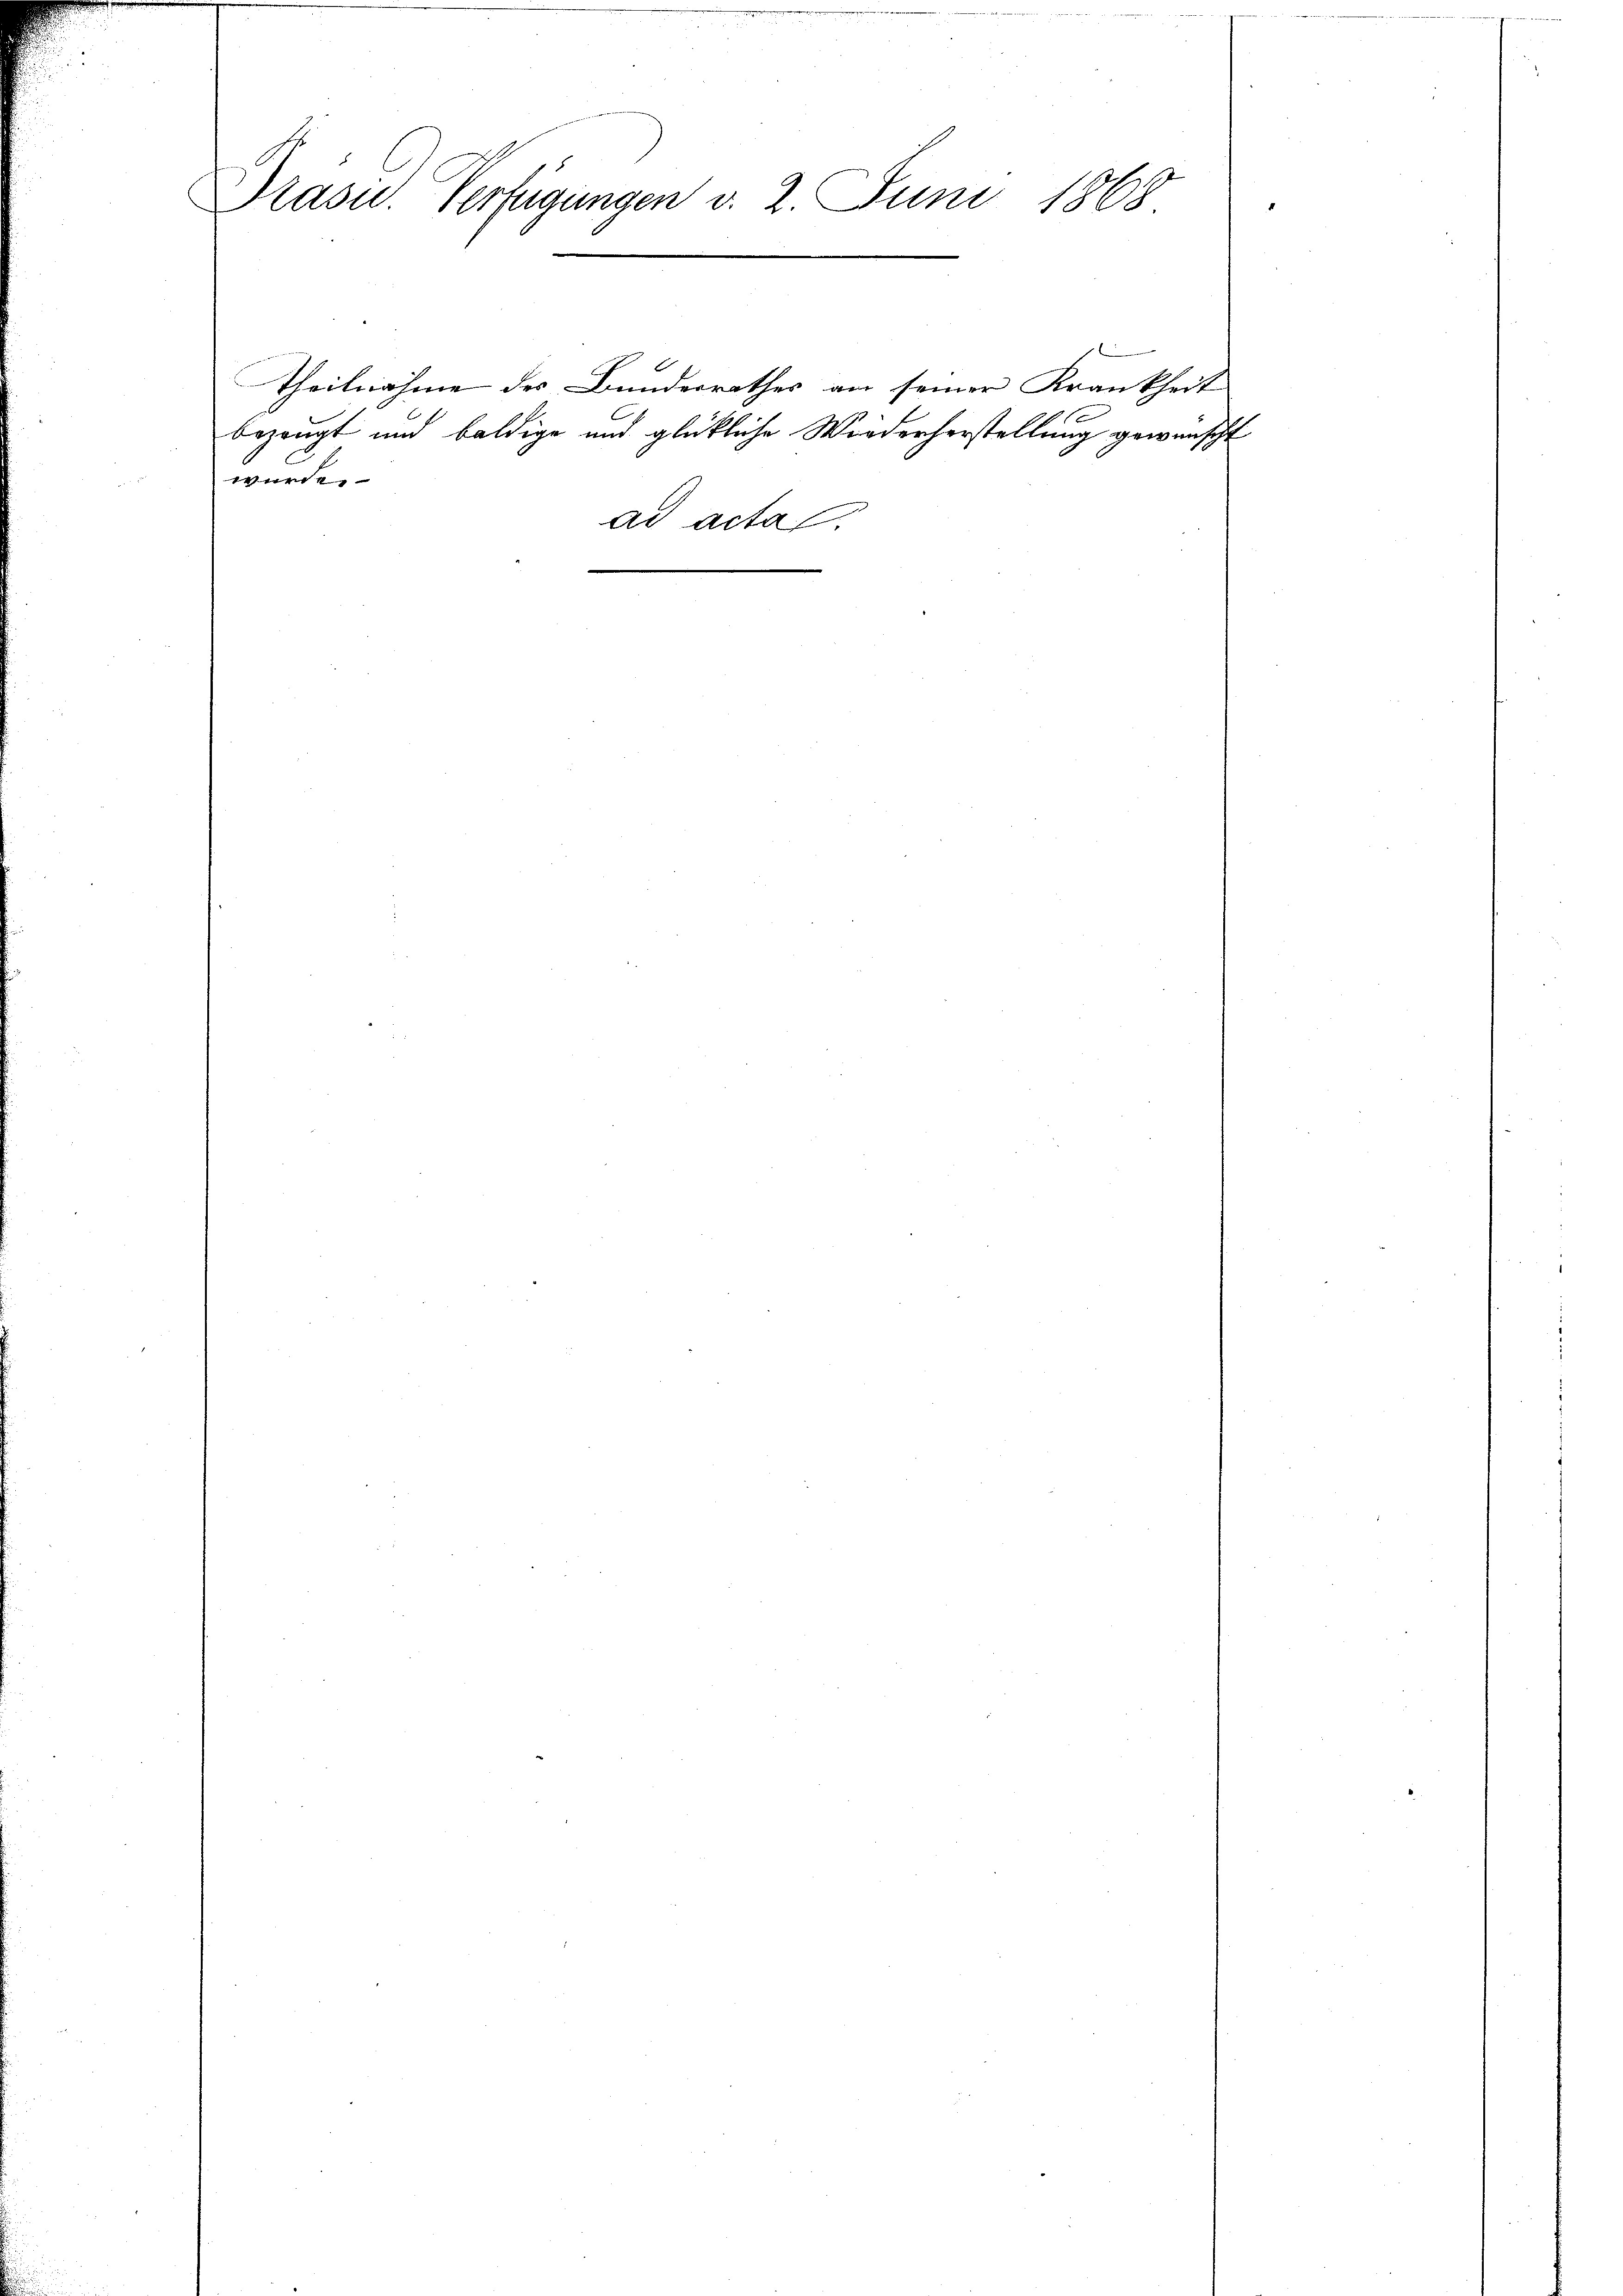
Präsid. Verfügungen v. 2. Juni 1868.

würde.
ad acta
e

Theilnahme des Bundesrathes an seiner Krankheit
bezeugt und baldige und glückliche Wiederherstellung gewünscht